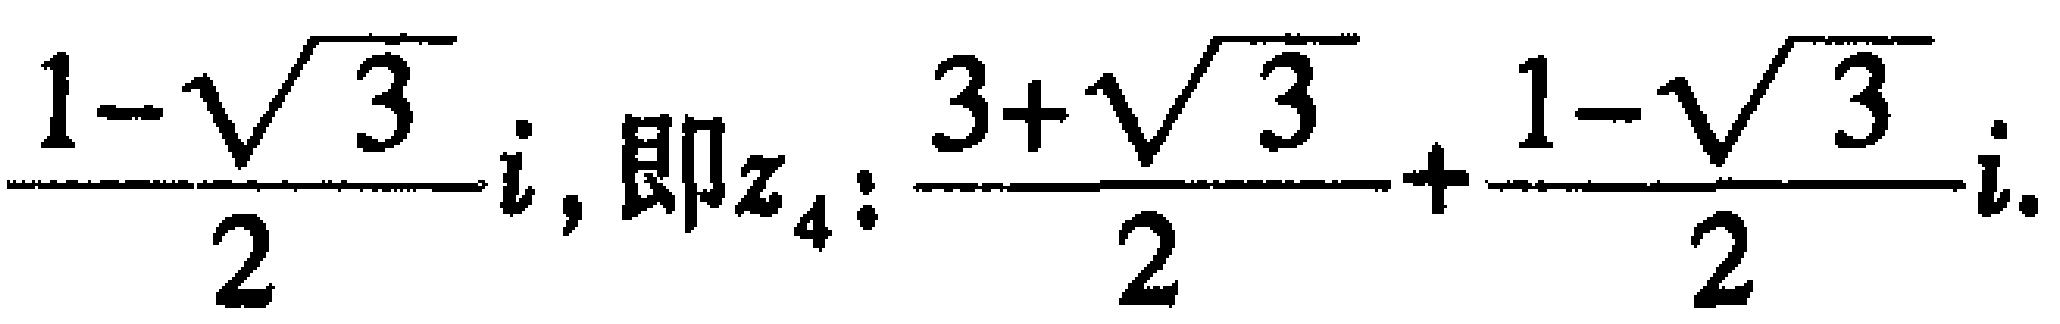
$\frac{1 - \sqrt{3}}{2}i,\ 即z_{4}:\frac{3 + \sqrt{3}}{2}+\frac{1 - \sqrt{3}}{2}i.$